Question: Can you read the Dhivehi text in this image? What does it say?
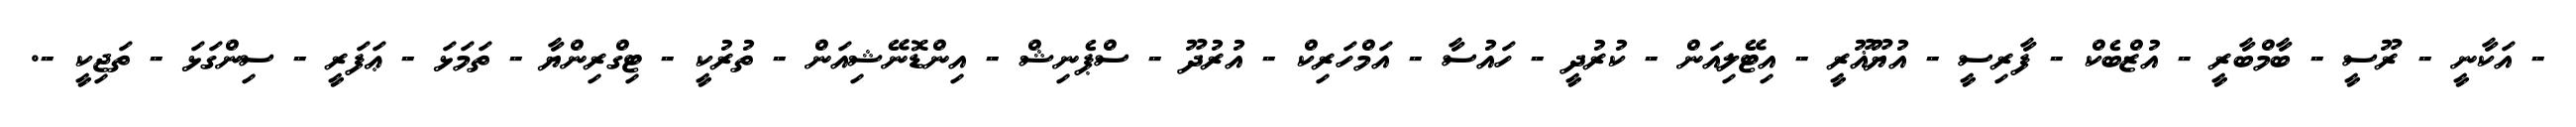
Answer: - އަކާނީ - ރޫސީ - ބާމްބާރީ - އުޒްބެކް - ފާރިސީ - އުޔޫޣޫރީ - އިޓޭލިއަން - ކުރުދީ - ހައުސާ - އަމްހަރިކް - އުރުދޫ - ސްޕެނިޝް - އިންޑޮނޭޝިއަން - ތުރުކީ - ޓިގްރިންޔާ - ތަމަޅަ - ޢަފަރީ - ސިންގަޅަ - ތަޖިކީ -.